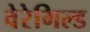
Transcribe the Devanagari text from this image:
वेरेगिल्ड